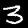
Label: 3